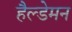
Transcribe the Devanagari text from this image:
हैल्डेमन